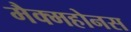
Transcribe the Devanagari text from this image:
मैक्महोनस